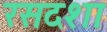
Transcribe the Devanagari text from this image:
रसदशा